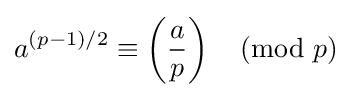
a^{(p-1)/2}\equiv \left({\frac {a}{p}}\right){\pmod {p}}